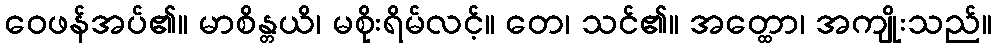
ဝေဖန်အပ်၏။ မာစိန္တယိ၊ မစိုးရိမ်လင့်။ တေ၊ သင်၏။ အတ္ထော၊ အကျိုးသည်။